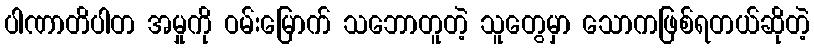
ပါဏာတိပါတ အမှုကို ဝမ်းမြောက် သဘောတူတဲ့ သူတွေမှာ သောကဖြစ်ရတယ်ဆိုတဲ့